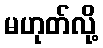
မဟုတ်လို့